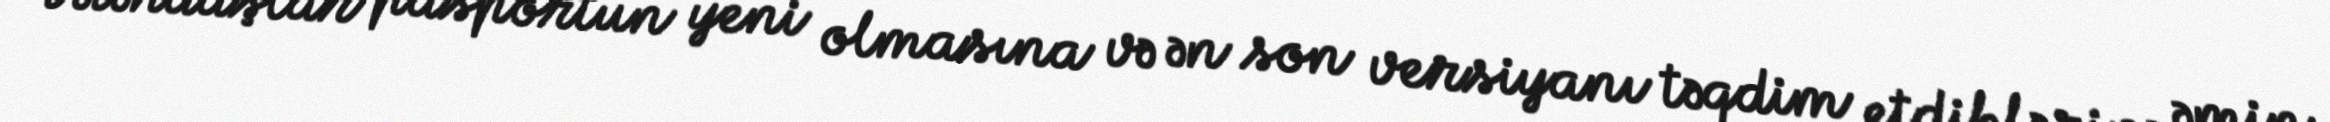
vətəndaşlar pasportun yeni olmasına və ən son versiyanı təqdim etdiklərinə əmin